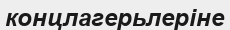
концлагерьлеріне